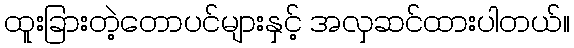
ထူးခြားတဲ့တောပင်များနှင့် အလှဆင်ထားပါတယ်။